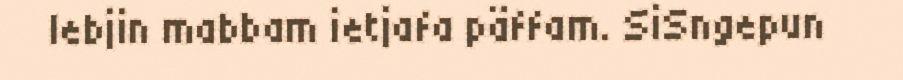
lebjin mabbam ietjafa päffam. SiSngepun